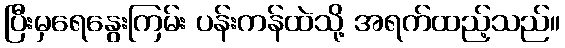
ပြီးမှရေနွေးကြမ်း ပန်းကန်ထဲသို့ အရက်ထည့်သည်။